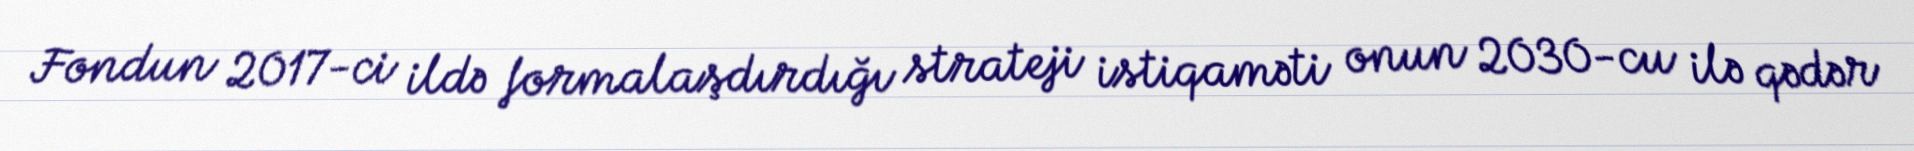
Fondun 2017-ci ildə formalaşdırdığı strateji istiqaməti onun 2030-cu ilə qədər